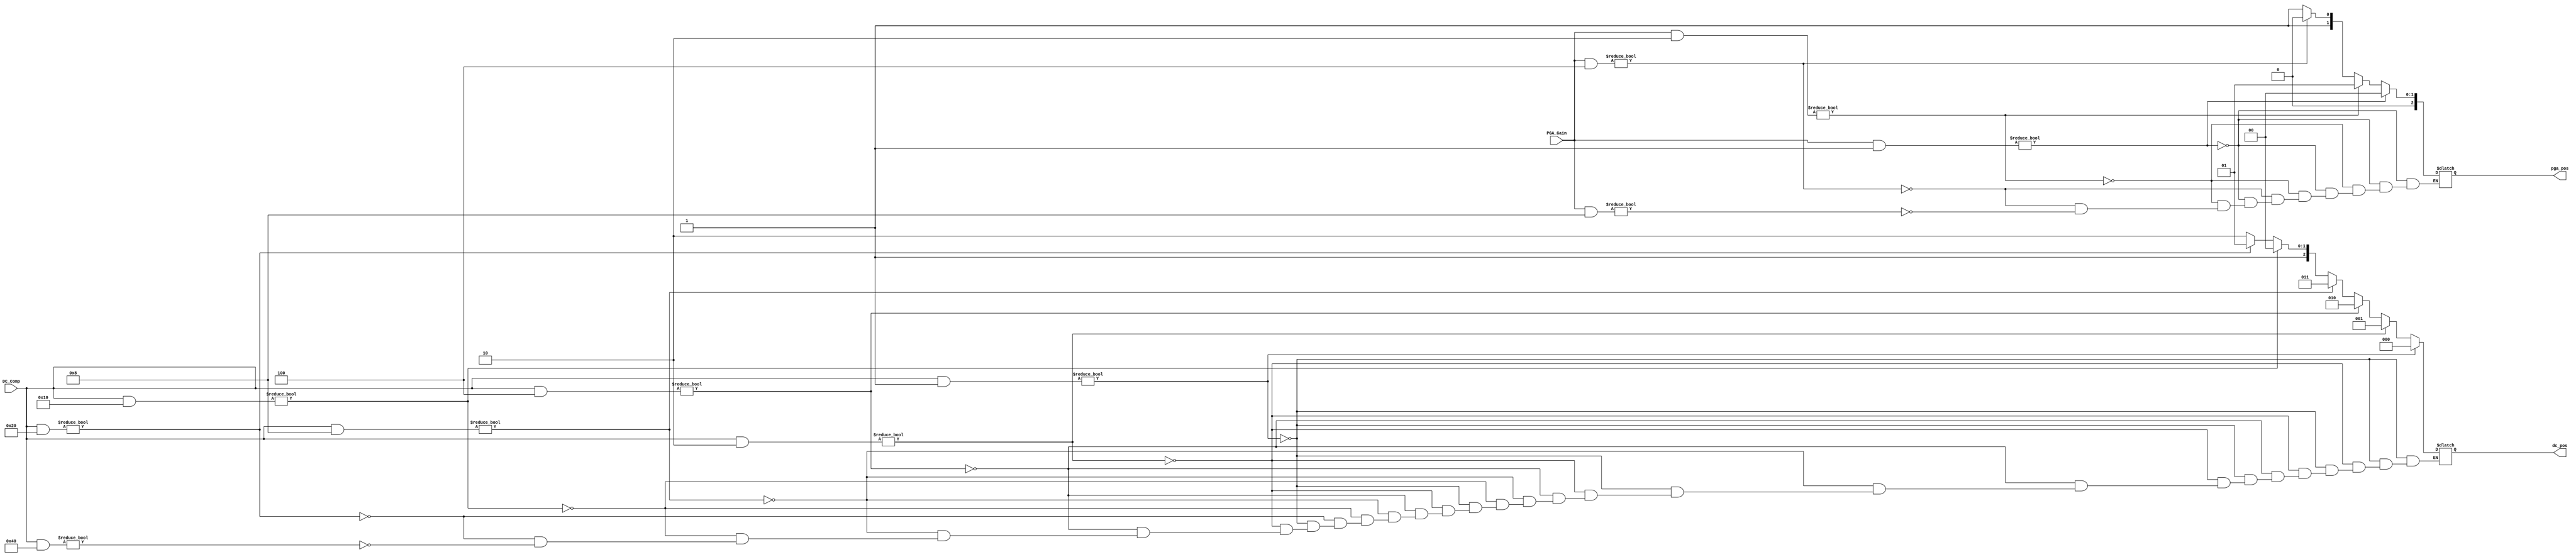
//Verilog HDL for "HDL_Lab_vhdlp1", "Position_check" "functional"

module Position_check(DC_Comp, PGA_Gain, dc_pos, pga_pos);

	input [6:0] DC_Comp; 
 	input [3:0] PGA_Gain; 
	output reg [2:0] dc_pos;
	output reg [2:0] pga_pos;

	always @(DC_Comp)
  		if(DC_Comp & 7'b0000001)
   			dc_pos = 0;
  		else if(DC_Comp & 7'b0000010)
  	 		dc_pos = 1;
  		else if(DC_Comp & 7'b0000100)
   			dc_pos = 2;
  		else if(DC_Comp & 7'b0001000)
   			dc_pos = 3;
  		else if(DC_Comp & 7'b0010000)
   			dc_pos = 4;
  		else if(DC_Comp & 7'b0100000)
   			dc_pos = 5;
  		else if(DC_Comp & 7'b1000000)
   			dc_pos = 6;
  

 	always @(PGA_Gain)
  		if(PGA_Gain & 4'b0001)
   			pga_pos = 0;
  		else if(PGA_Gain & 4'b0010)
   			pga_pos = 1;
  		else if(PGA_Gain & 4'b0100)
   			pga_pos = 2;
  		else if(PGA_Gain & 4'b1000)
   			pga_pos = 3;

endmodule